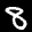
Label: 8